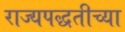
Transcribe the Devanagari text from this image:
राज्यपद्धतीच्या